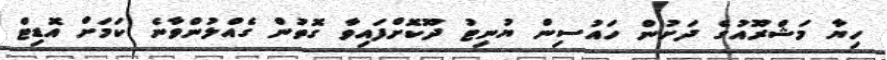
ހިޔާ މަޝްރޫއުގެ ދަށުން ހައުސިން ޔުނިޓު ދޫކޮށްފައިވާ ގޮތުން ގެއްލުންވާނެ ކަމަށް އޮޑިޓް